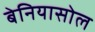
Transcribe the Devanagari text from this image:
बेनियासोल